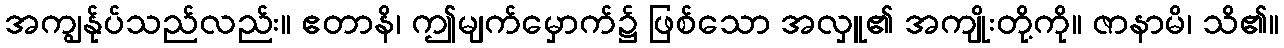
အကျွန်ုပ်သည်လည်း။ ဧတာနိ၊ ဤမျက်မှောက်၌ ဖြစ်သော အလှူ၏ အကျိုးတို့ကို။ ဇာနာမိ၊ သိ၏။